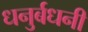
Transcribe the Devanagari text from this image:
धनुर्बधनी